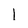
Character: 1